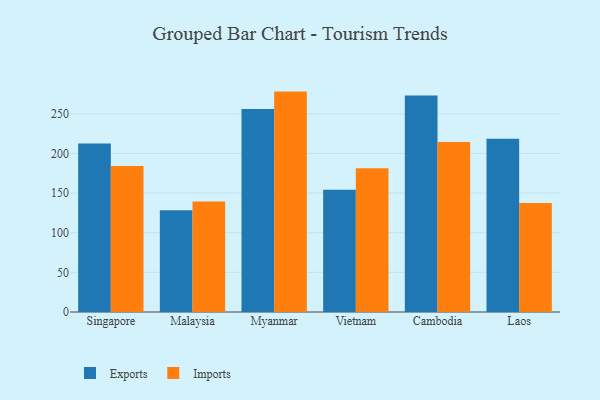
{"axis": {"x": "Country", "y": "Net Income (USD K)"}, "legend": ["Exports", "Imports"], "data": [{"x": "Singapore", "y": 212.6, "type": "Exports"}, {"x": "Singapore", "y": 184.2, "type": "Imports"}, {"x": "Malaysia", "y": 128.4, "type": "Exports"}, {"x": "Malaysia", "y": 139.4, "type": "Imports"}, {"x": "Myanmar", "y": 255.9, "type": "Exports"}, {"x": "Myanmar", "y": 278.0, "type": "Imports"}, {"x": "Vietnam", "y": 154.3, "type": "Exports"}, {"x": "Vietnam", "y": 181.4, "type": "Imports"}, {"x": "Cambodia", "y": 273.1, "type": "Exports"}, {"x": "Cambodia", "y": 214.3, "type": "Imports"}, {"x": "Laos", "y": 218.4, "type": "Exports"}, {"x": "Laos", "y": 137.5, "type": "Imports"}]}